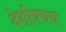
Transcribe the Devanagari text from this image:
देशीवचन